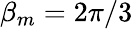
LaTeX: \beta_{m}=2\pi/3